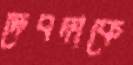
দেবদাকে